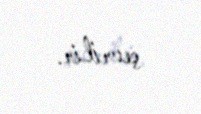
çevrilir.